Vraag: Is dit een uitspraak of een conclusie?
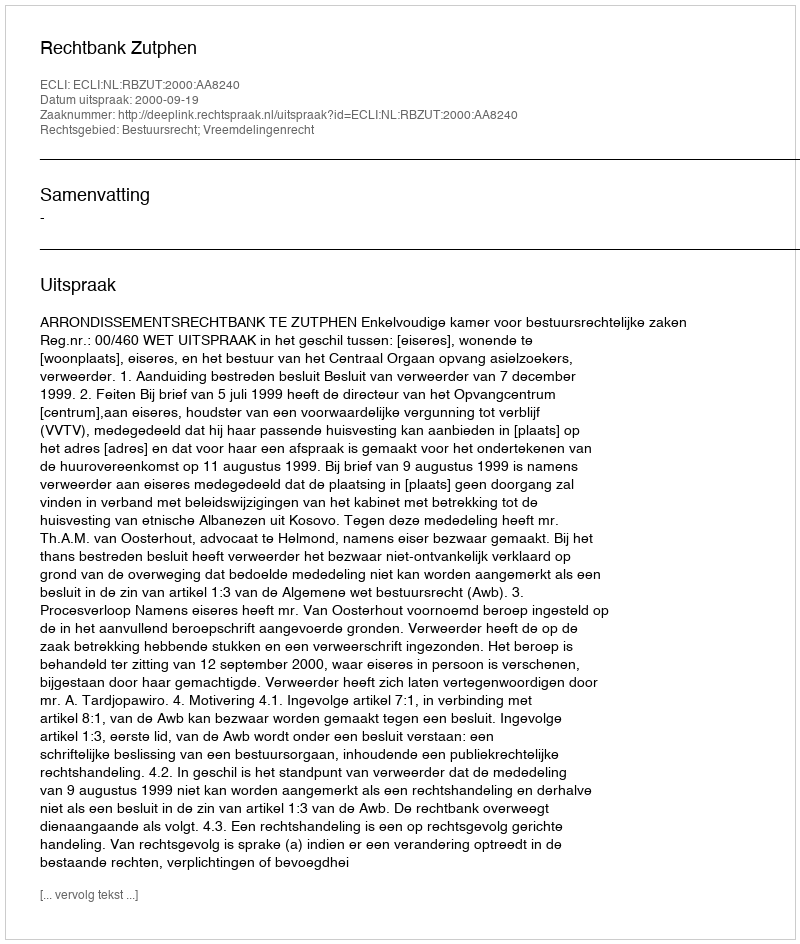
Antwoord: Uitspraak